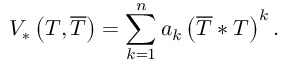
V _ { * } \left( T , \overline { { { T } } } \right) = \sum _ { k = 1 } ^ { n } a _ { k } \left( \overline { { { T } } } * T \right) ^ { k } .